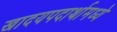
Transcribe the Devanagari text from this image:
खादयपदार्थामध्ये